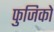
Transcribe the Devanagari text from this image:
फुजिको